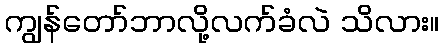
ကျွန်တော်ဘာလို့လက်ခံလဲ သိလား။